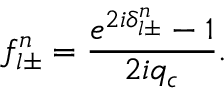
f _ { l \pm } ^ { n } = \frac { e ^ { 2 i \delta _ { l \pm } ^ { n } } - 1 } { 2 i q _ { c } } .